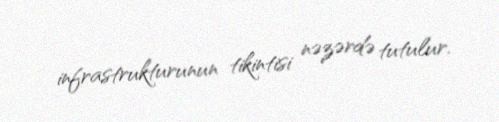
infrastrukturunun tikintisi nəzərdə tutulur.